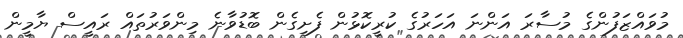
މުވައްޒަފުންގެ މުސާރަ އަންނަ އަހަރުގެ ކުރީކޮޅުން ފެށިގެން ބޮޑުވާނެ މިންވަރުތައް ރައީސް ޔާމީން